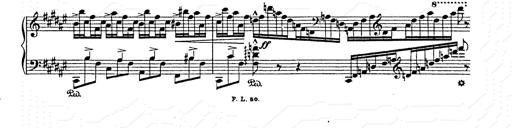
Title: AnnÃ©es de pÃ¨lerinage II
Composer: Franz Liszt